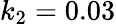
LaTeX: k_{2}=0.03